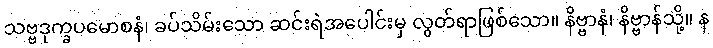
သဗ္ဗဒုက္ခပမောစနံ၊ ခပ်သိမ်းသော ဆင်းရဲအပေါင်းမှ လွတ်ရာဖြစ်သော။ နိဗ္ဗာနံ၊ နိဗ္ဗာန်သို့။ န